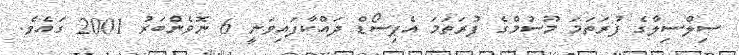
ސިލްސިލާގެ ފުރަތަމަ މޫސުމްގެ ފުރަތަމަ އެޕިސޯޑް ދައްކާފައިވަނީ 6 ނޮވެންބަރު 2001 ގައެވެ.